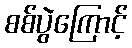
စစ်ပွဲကြောင့်